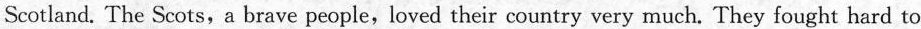
Scotland.The Scots,a brave people,loved their country very much. They fought hard to